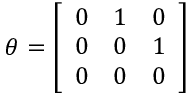
\theta = { \left[ \begin{array} { l l l } { 0 } & { 1 } & { 0 } \\ { 0 } & { 0 } & { 1 } \\ { 0 } & { 0 } & { 0 } \end{array} \right] } \qquad